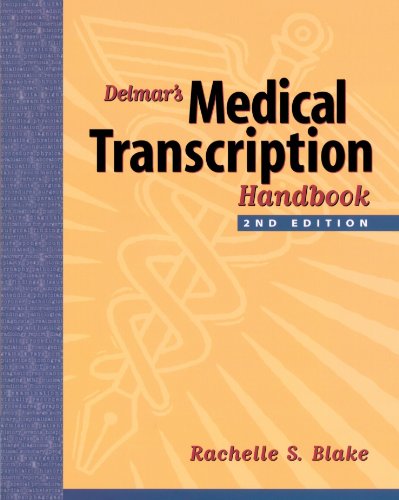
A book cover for Delmar's Medical Transcription Handbook; Rachelle S. Blake; Medical Books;